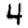
Digit: 4